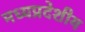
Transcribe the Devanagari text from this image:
मध्यप्रदेशीय